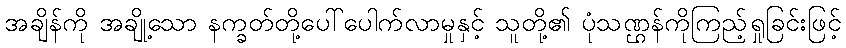
အချိန်ကို အချို့သော နက္ခတ်တို့ပေါ်ပေါက်လာမှုနှင့် သူတို့၏ ပုံသဏ္ဌန်ကိုကြည့်ရှုခြင်းဖြင့်